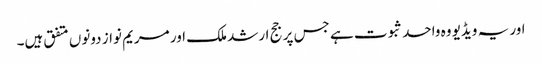
اور یہ ویڈیو وہ واحد ثبوت ہے جس پر جج ارشد ملک اور مریم نواز دونوں متفق ہیں۔